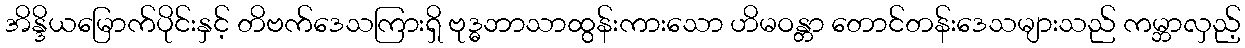
အိန္ဒိယမြောက်ပိုင်းနှင့် တိဗက်ဒေသကြားရှိ ဗုဒ္ဓဘာသာထွန်းကားသော ဟိမဝန္တာ တောင်တန်းဒေသများသည် ကမ္ဘာလှည့်